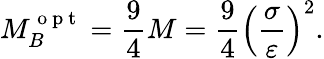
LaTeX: M_{B}^{\mathrm{~o~p~t~}}=\frac{9}{4}M=\frac{9}{4}\left(\frac{\sigma}{\varepsilon}\right)^{2}.